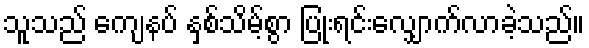
သူသည် ကျေနပ် နှစ်သိမ့်စွာ ပြုံးရင်းလျှောက်လာခဲ့သည်။